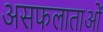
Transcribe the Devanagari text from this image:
असफलाताओं